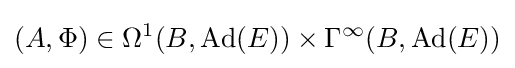
(A,\Phi )\in \Omega ^{1}(B,\operatorname {Ad} (E))\times \Gamma ^{\infty }(B,\operatorname {Ad} (E))